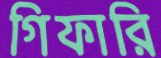
গিফারি